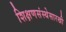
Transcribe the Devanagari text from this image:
शिक्षणसंस्थेसारखी